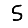
Digit: 5